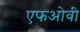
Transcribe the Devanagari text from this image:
एफओवी